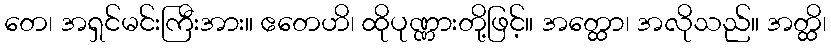
တေ၊ အရှင်မင်းကြီးအား။ ဧတေဟိ၊ ထိုပုဏ္ဏားတို့ဖြင့်။ အတ္ထော၊ အလိုသည်။ အတ္ထိ၊